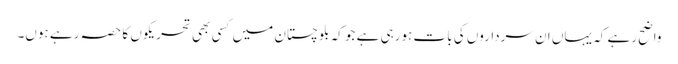
واضح رہے کہ یہاں ان سرداروں کی بات ہورہی ہے جو کہ بلوچستان میں کسی بھی تحریکوں کا حصہ رہے ہوں۔